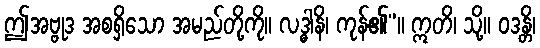
ဤအဗ္ဗုဒ အစရှိသော အမည်တို့ကို။ လဒ္ဓါနိ၊ ကုန်၏”။ ဣတိ၊ သို့။ ဝဒန္တိ၊